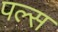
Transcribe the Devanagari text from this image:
पल्‍स